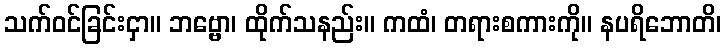
သက်ဝင်ခြင်းငှာ။ ဘဗ္ဗော၊ ထိုက်သနည်း။ ကထံ၊ တရားစကားကို။ နပရိဘောတိ၊